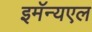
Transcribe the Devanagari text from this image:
इमॅन्यएल